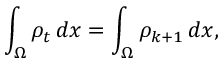
\int _ { \Omega } \rho _ { t } \, d x = \int _ { \Omega } \rho _ { k + 1 } \, d x ,